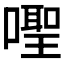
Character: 𪢎